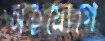
সহযোগে